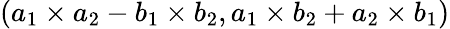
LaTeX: (a_{1}\times a_{2}-b_{1}\times b_{2},a_{1}\times b_{2}+a_{2}\times b_{1})